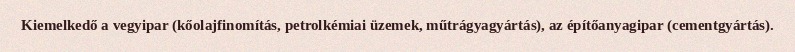
Kiemelkedő a vegyipar (kőolajfinomítás, petrolkémiai üzemek, műtrágyagyártás), az építőanyagipar (cementgyártás).